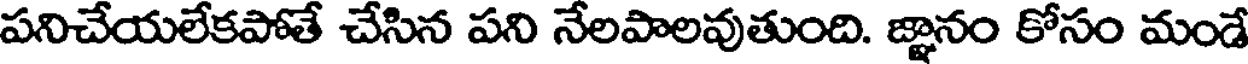
పనిచేయలేకపోతే చేసిన పని నేలపాలవుతుంది. జ్ఞానం కోసం మండే